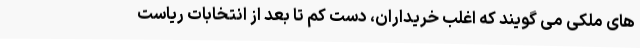
های ملکی می گویند که اغلب خریداران، دست کم تا بعد از انتخابات ریاست